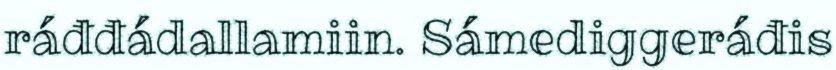
ráđđádallamiin. Sámediggeráđis